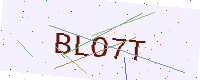
Text: BLO7T